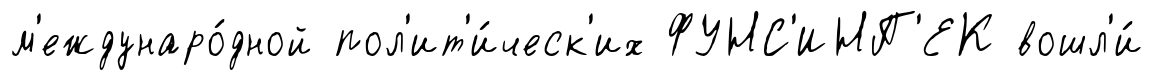
м'еждунаро́дной пол'ит'и́ческ'их ФУНС'ИНП'ЕК вошл'и́